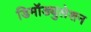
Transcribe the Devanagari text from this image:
डिमॉड्युलेशन